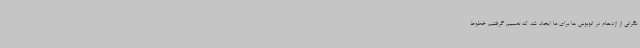
نگرانی از ازدحام در اتوبوس ها برای ما ایجاد شد که تصمیم گرفتیم خطوط